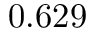
0 . 6 2 9